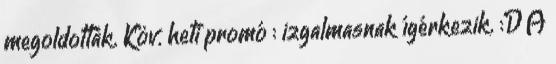
megoldották. Köv. heti promó : izgalmasnak ígérkezik. :D A